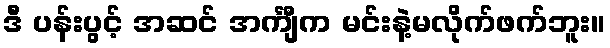
ဒီ ပန်းပွင့် အဆင် အင်္ကျီက မင်းနဲ့မလိုက်ဖက်ဘူး။